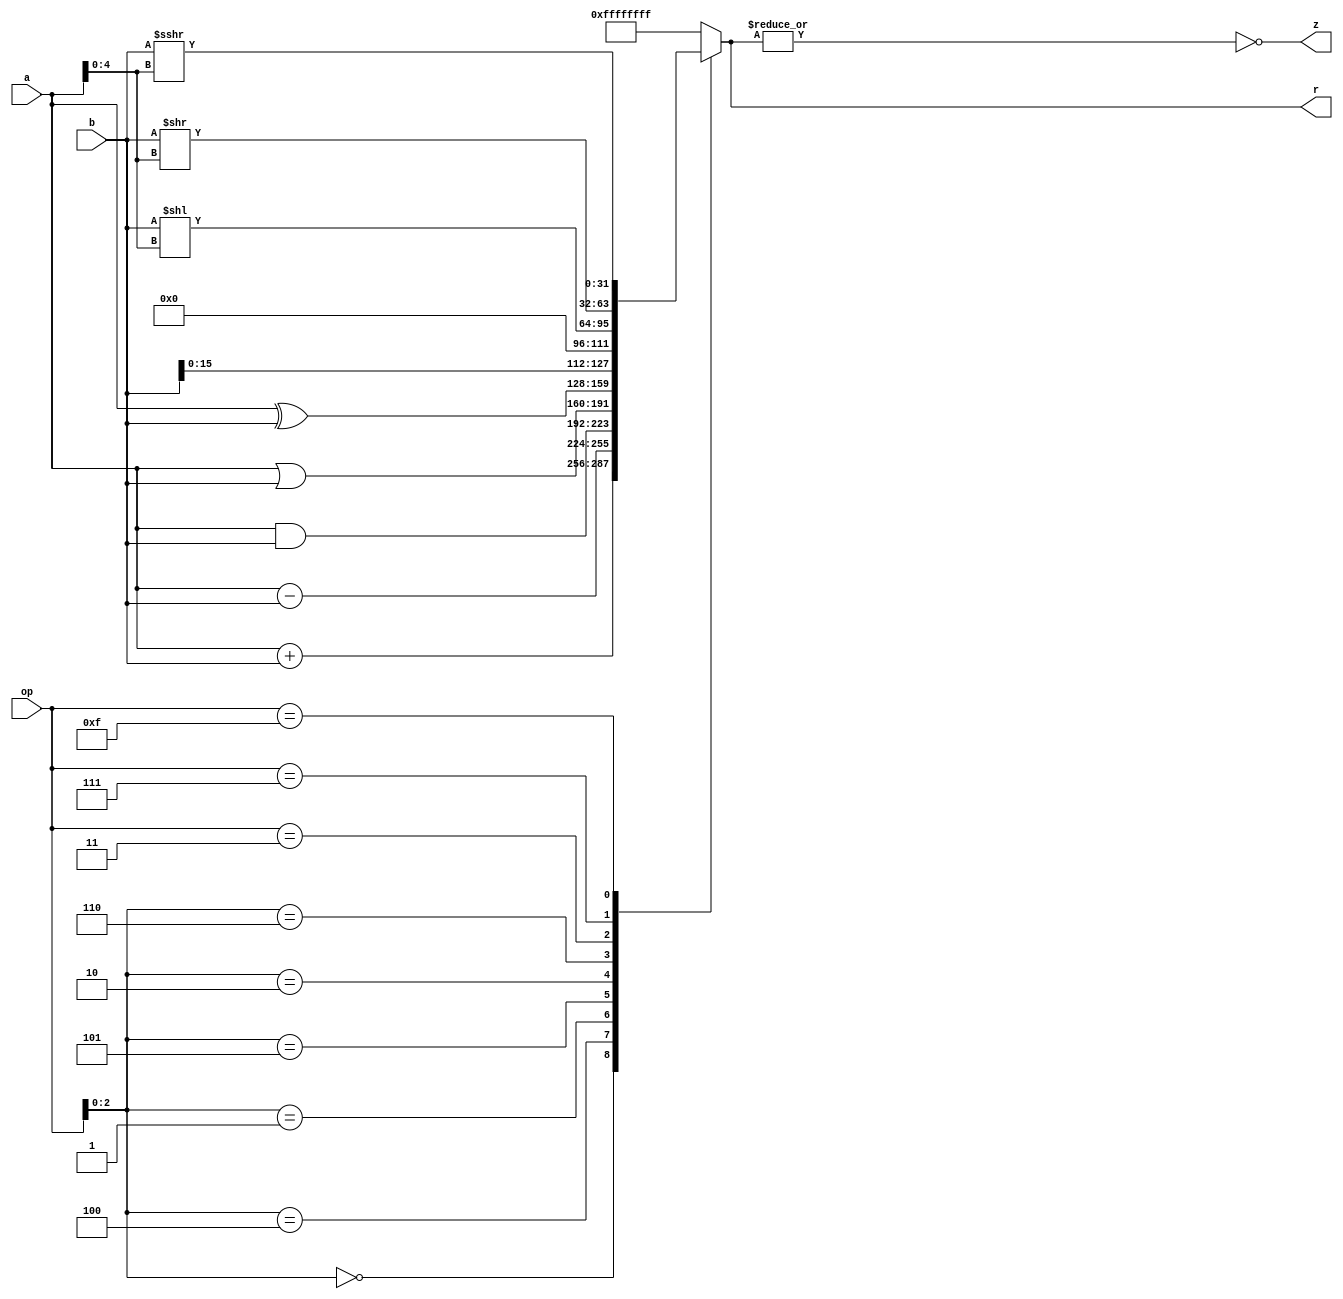
module ldw_ALU(a, b, op, r, z);
	input [31:0] a, b;
	input [3:0] op;
	output reg [31:0] r;
	output z;
	
	initial
		r = 0;
	
	always@(a or b or op)
	begin
		casex(op)
			4'bx000: r = a + b;							//ADD
			4'bx100: r = a - b;							//SUB
			
			4'bx001: r = a & b;							//AND
			4'bx101: r = a | b;							//OR
			
			4'bx010: r = a ^ b;							//XOR
			4'bx110: r = {b[15:0], 16'h0};			//LUI
			
			4'b0011: r = b << a[4:0];					//SLL
			4'b0111: r = b >> a[4:0];					//SRL
			
			4'b1111: r = ($signed(b)) >>> a[4:0];	//SRA
			
			default: r = 32'hffffffff;					//ERROR
		endcase
	end
	
	assign z = ~|r;
	
endmodule